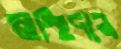
অস্থিদান